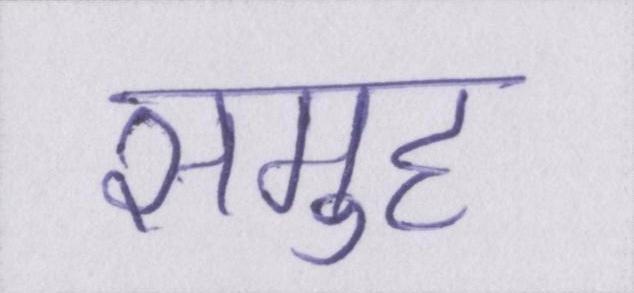
समुह